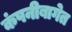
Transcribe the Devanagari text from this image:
कंपनीबागेत